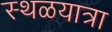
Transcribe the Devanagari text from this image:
स्थळयात्रा